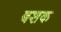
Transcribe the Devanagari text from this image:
बशक